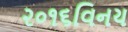
૨૦૧૬વિનય